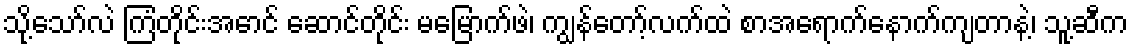
သို့သော်လဲ ကြံတိုင်းအောင် ဆောင်တိုင်း မမြောက်ဖဲ၊ ကျွန်တော့်လက်ထဲ စာအရောက်နောက်ကျတာနဲ့၊ သူ့ဆီက